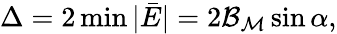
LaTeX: \Delta=2\operatorname*{min}|\bar{E}|=2{\mathcal{B}}_{{\mathcal{M}}}\sin\alpha,